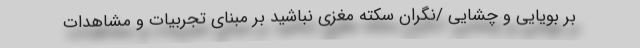
بر بویایی و چشایی /نگران سکته مغزی نباشید بر مبنای تجربیات و مشاهدات